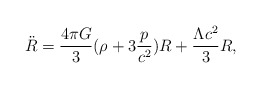
\begin{align*}{\ddot R}=\frac{4\pi G}{3}(\rho+3\frac{p}{c^2})R+\frac{\Lambda c^2}{3}R,\end{align*}